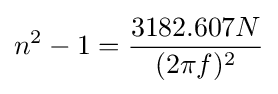
n^{2}-1={\frac {3182.607N}{(2\pi f)^{2}}}